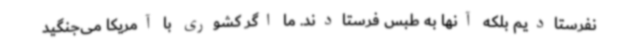
نفرستادیم بلکه آنها به طبس فرستادند. ما اگر کشوری با آمریکا می‌جنگید